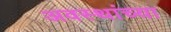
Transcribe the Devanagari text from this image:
अवस्थांच्या